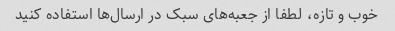
خوب و تازه، لطفا از جعبه‌های سبک در ارسال‌ها استفاده کنید